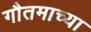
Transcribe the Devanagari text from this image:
गौतमाच्या